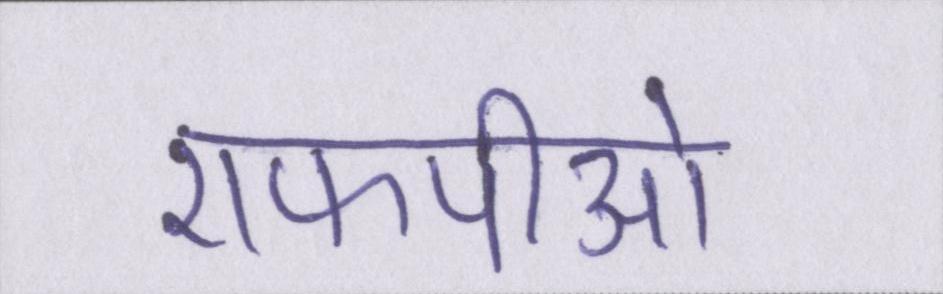
एफपीओ